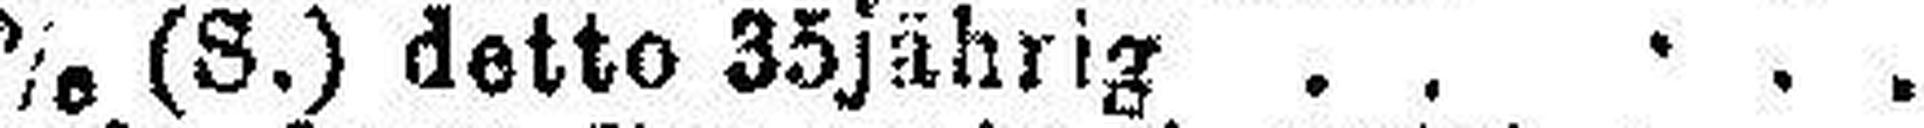
5% (S.) detto 35 jährig